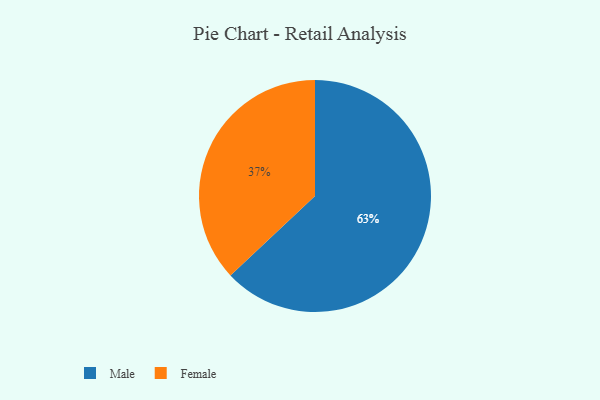
{"axis": {"x": "Category", "y": "Percentage"}, "legend": ["Female", "Male"], "data": [{"x": "Female", "y": 37, "type": "Female"}, {"x": "Male", "y": 63, "type": "Male"}]}